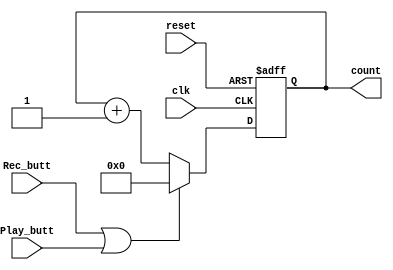
`timescale 1ns / 1ps
//////////////////////////////////////////////////////////////////////////////////
// Company: 
// Engineer: 
// 
// Design Name: 
// Module Name: 32counter
// Project Name: 
// Target Devices: 
// Tool Versions: 
// Description: 
// 
// Dependencies: 
// 
// Revision:
// Revision 0.01 - File Created
// Additional Comments:
// 
//////////////////////////////////////////////////////////////////////////////////

/*
As I send the data in memory in packets of 32 bits, this counter is very useful
to count the  bits of its packet. This is a sequential system, so non blocking
assignments are used. If reset the counter is set to 0. The same happens when
the record button or the playback button are pressed. This is done so the counter
to start counting from the beggining aand not lose any bit.
*/
module ThirtyTwo_counter(clk, reset, count, Rec_butt, Play_butt);
    
    input clk, reset, Rec_butt, Play_butt;
    output [4:0] count;
    reg [4:0] count;
    
    always@(posedge clk or posedge reset)
    begin
    if(reset)
        count <= 5'b0;
    else if(Rec_butt || Play_butt)
        count <= 5'b0;
    else
        count <= count + 1;
    end 
endmodule